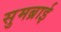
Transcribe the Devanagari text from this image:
सुमब्राई